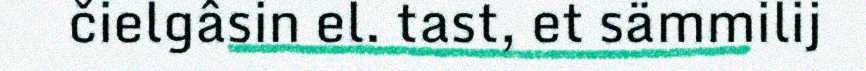
čielgâsin el. tast, et sämmilij